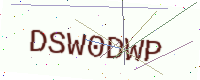
Text: DSW0DWP